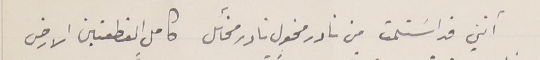
أنني قد اسَتلمت من نادر مخول نادر مخائل كاملٍ القطعتين الارض